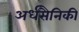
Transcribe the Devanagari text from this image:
अर्धसैनिकी